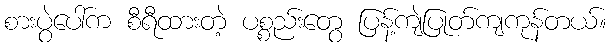
စားပွဲပေါ်က စီရီထားတဲ့ ပစ္စည်းတွေ ပြန့်ကျဲပြုတ်ကျကုန်တယ်။